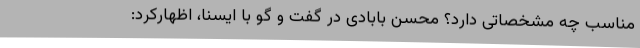
مناسب چه مشخصاتی دارد؟ محسن بابادی در گفت و گو با ایسنا، اظهارکرد: